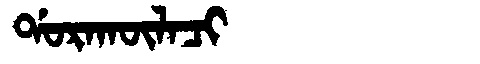
Manchu: ᡩᠣᡵᠠᡴᡡᠯᠠᠴᡳ
Romanization: DORAKŪLACI